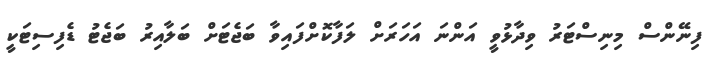
ފިނޭންސް މިނިސްޓަރު ވިދާޅުވީ އަންނަ އަހަރަށް ލަފާކޮށްފައިވާ ބަޖެޓަށް ބަލާއިރު ބަޖެޓު ޑެފިސިޓަކީ